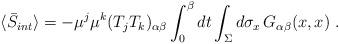
LaTeX: \begin{align*}\langle\bar{S}_{int}\rangle=-\mu^j\mu^k(T_jT_k)_{\alpha\beta} \int_{0}^{\beta}dt\int_\Sigma d\sigma_x\,G_{\alpha\beta}(x,x)\;.\end{align*}